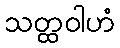
သတ္ထဝါဟံ